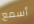
أسمع